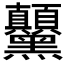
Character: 𲎗